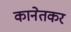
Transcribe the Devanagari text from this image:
कानेतकर